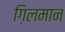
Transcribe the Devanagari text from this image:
ग़िलमान